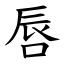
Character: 唇